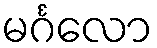
မင်္ဂလော